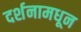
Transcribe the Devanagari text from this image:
दर्शनामधून